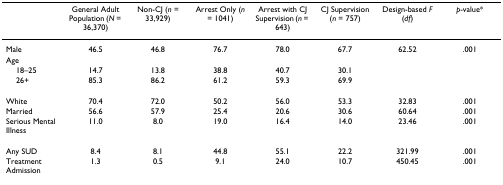
<table><thead><tr><td></td><td><b>General Adult Population (<i>N </i>= 36,370)</b></td><td><b>Non-CJ (<i>n </i>= 33,929)</b></td><td><b>Arrest Only (<i>n </i>= 1041)</b></td><td><b>Arrest with CJ Supervision (<i>n </i>= 643)</b></td><td><b>CJ Supervision (<i>n </i>= 757)</b></td><td><b>Design-based <i>F </i>(<i>df</i>)</b></td><td><b><i>p</i>-value*</b></td></tr></thead><tbody><tr><td>Male</td><td>46.5</td><td>46.8</td><td>76.7</td><td>78.0</td><td>67.7</td><td>62.52</td><td>.001</td></tr><tr><td>Age</td><td></td><td></td><td></td><td></td><td></td><td></td><td></td></tr><tr><td> 18–25</td><td>14.7</td><td>13.8</td><td>38.8</td><td>40.7</td><td>30.1</td><td></td><td></td></tr><tr><td> 26+</td><td>85.3</td><td>86.2</td><td>61.2</td><td>59.3</td><td>69.9</td><td></td><td></td></tr><tr><td>White</td><td>70.4</td><td>72.0</td><td>50.2</td><td>56.0</td><td>53.3</td><td>32.83</td><td>.001</td></tr><tr><td>Married</td><td>56.6</td><td>57.9</td><td>25.4</td><td>20.6</td><td>30.6</td><td>60.64</td><td>.001</td></tr><tr><td>Serious Mental Illness</td><td>11.0</td><td>8.0</td><td>19.0</td><td>16.4</td><td>14.0</td><td>23.46</td><td>.001</td></tr><tr><td>Any SUD</td><td>8.4</td><td>8.1</td><td>44.8</td><td>55.1</td><td>22.2</td><td>321.99</td><td>.001</td></tr><tr><td>Treatment Admission</td><td>1.3</td><td>0.5</td><td>9.1</td><td>24.0</td><td>10.7</td><td>450.45</td><td>.001</td></tr></tbody></table>